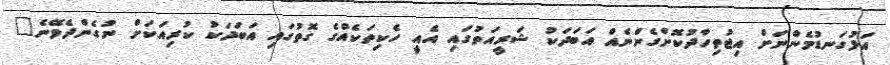
އަޅުގަނޑުމެންނަށް އިޖުތިހާދުކޮށްގެންނެއް އަބަދަކު ޝަރީއަތުގައި އެއީ ހެކިތަކެއްގެ ގޮތުގައި އަބަދަކު ކުރިއަކަށް ނުގެންދެވޭނެ"